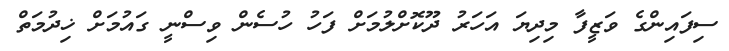
ސިފައިންގެ ވަޒީފާ މިދިޔަ އަހަރު ދޫކޮށްލުމަށް ފަހު ހުސެން ވިސްނީ ގައުމަށް ޚިދުމަތް